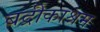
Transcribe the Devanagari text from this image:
बद्रीकाश्रम